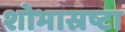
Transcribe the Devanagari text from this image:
शोभास्रष्टा